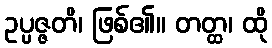
ဥပ္ပဇ္ဇတိ၊ ဖြစ်၏။ တတ္ထ၊ ထို